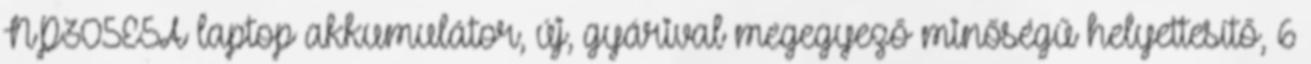
NP305E5A laptop akkumulátor, új, gyárival megegyező minőségű helyettesítő, 6